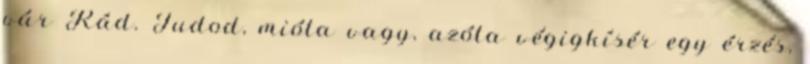
vár Rád. Tudod, mióta vagy, azóta végigkísér egy érzés,